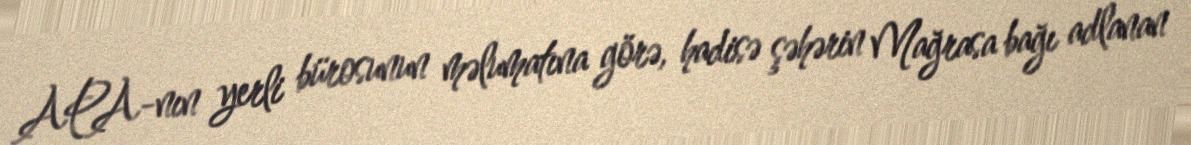
APA-nın yerli bürosunun məlumatına görə, hadisə şəhərin Mağrasa bağı adlanan